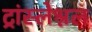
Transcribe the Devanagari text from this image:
ट्रांस्लेश्नल